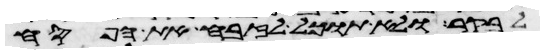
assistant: לבקר ולא תוכל לזבח את הפסח